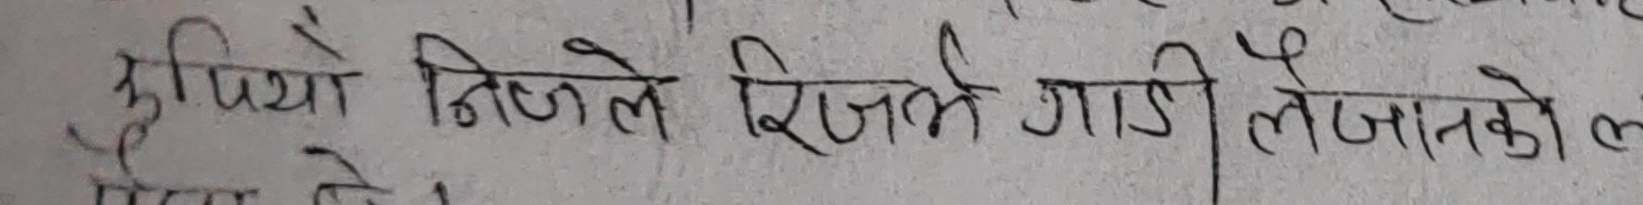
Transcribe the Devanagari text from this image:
कुथ्यौ निजले रिजर्भे गाडी लैजानको ल